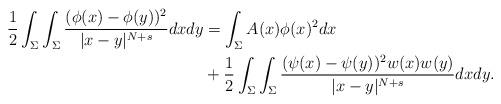
LaTeX: \begin{align*}\frac12\int_{\Sigma}\int_{\Sigma}\frac{(\phi(x) - \phi(y))^2}{|x-y|^{N+s} } d x d y& =\int_{\Sigma}A(x)\phi(x)^2 dx\\& +\frac12\int_{\Sigma}\int_{\Sigma}\frac{(\psi(x) - \psi(y) )^2 w(x) w(y) }{|x-y|^{N+s} } d x d y .\end{align*}